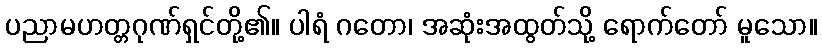
ပညာမဟတ္တဂုဏ်ရှင်တို့၏။ ပါရံ ဂတော၊ အဆုံးအထွတ်သို့ ရောက်တော် မူသော။